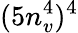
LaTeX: (5n_{v}^{4})^{4}